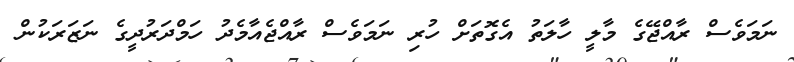
ނަމަވެސް ރާއްޖޭގެ މާލީ ހާލަތު އެގޮތަށް ހުރި ނަމަވެސް ރާއްޖެއާމެދު ހަމްދަރުދީގެ ނަޒަރަކުން